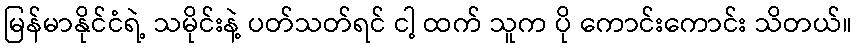
မြန်မာနိုင်ငံရဲ့ သမိုင်းနဲ့ ပတ်သတ်ရင် ငါ့ ထက် သူက ပို ကောင်းကောင်း သိတယ်။